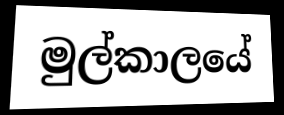
මුල්කාලයේ